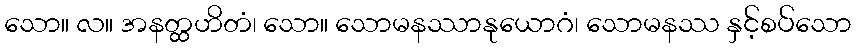
သော။ လ။ အနတ္ထဟိတံ၊ သော။ သောမနဿာနုယောဂံ၊ သောမနဿ နှင့်စပ်သော